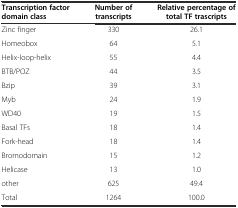
| Transcription factor domain class | Number of transcripts | Relative percentage of total TF trascripts |
 | --- | --- | --- |
 | Zinc finger | 330 | 26.1 |
 | Homeobox | 64 | 5.1 |
 | Helix-loop-helix | 55 | 4.4 |
 | BTB/POZ | 44 | 3.5 |
 | Bzip | 39 | 3.1 |
 | Myb | 24 | 1.9 |
 | WD40 | 19 | 1.5 |
 | Basal TFs | 18 | 1.4 |
 | Fork-head | 18 | 1.4 |
 | Bromodomain | 15 | 1.2 |
 | Helicase | 13 | 1.0 |
 | other | 625 | 49.4 |
 | Total | 1264 | 100.0 |